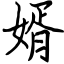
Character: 婿